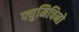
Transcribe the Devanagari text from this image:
फ्युमिचिनो